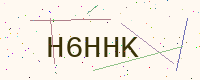
Text: H6HHK